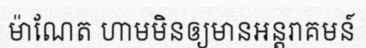
ម៉ាណែត ហាមមិនឲ្យមានអន្តរាគមន៍